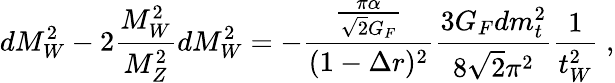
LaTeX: dM_{W}^{2}-2\frac{M_{W}^{2}}{M_{Z}^{2}}dM_{W}^{2}=-\frac{\frac{\pi\alpha}{\sqrt 2G_{F}}}{(1-\Delta r)^{2}}\frac{3G_{F}dm_{t}^{2}}{8\sqrt 2\pi^{2}}\frac{1}{t_{W}^{2}}\; ,